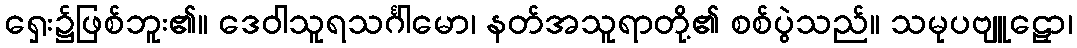
ရှေး၌ဖြစ်ဘူး၏။ ဒေဝါသူရသင်္ဂါမော၊ နတ်အသူရာတို့၏ စစ်ပွဲသည်။ သမုပဗျူဠှော၊